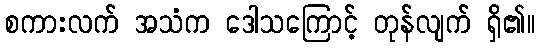
စကားလက် အသံက ဒေါသကြောင့် တုန်လျက် ရှိ၏။